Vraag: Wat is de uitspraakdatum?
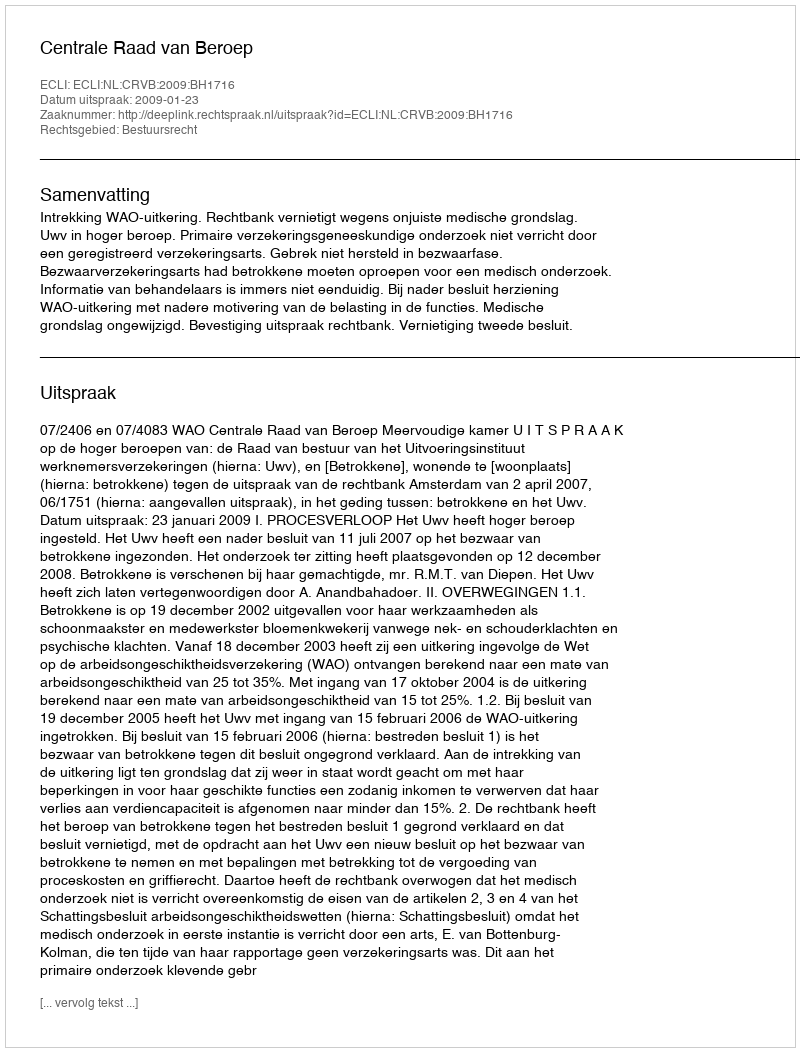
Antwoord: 2009-01-23